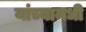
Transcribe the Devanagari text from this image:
यांच्यामधी